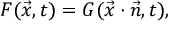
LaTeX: F ( { \vec { x } } , t ) = G ( { \vec { x } } \cdot { \vec { n } } , t ) ,